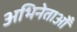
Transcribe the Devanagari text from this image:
अभिनेताओँ